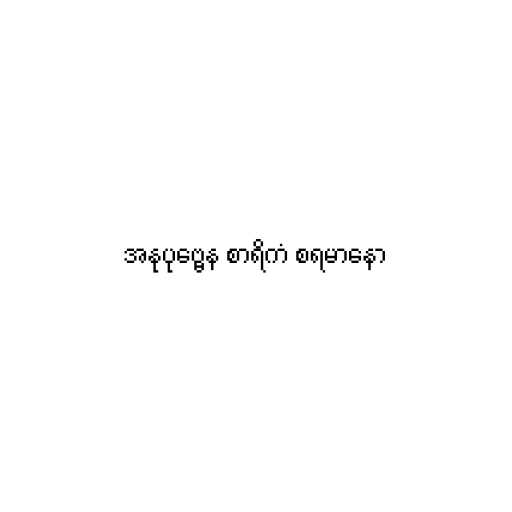
အနုပုဗ္ဗေန စာရိကံ စရမာနော